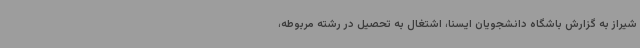
شیراز به گزارش باشگاه دانشجویان ایسنا، اشتغال به تحصیل در رشته مربوطه،